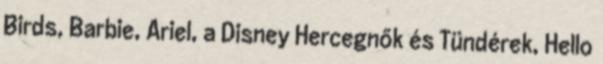
Birds, Barbie, Ariel, a Disney Hercegnők és Tündérek, Hello